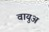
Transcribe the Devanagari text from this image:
वायुअ